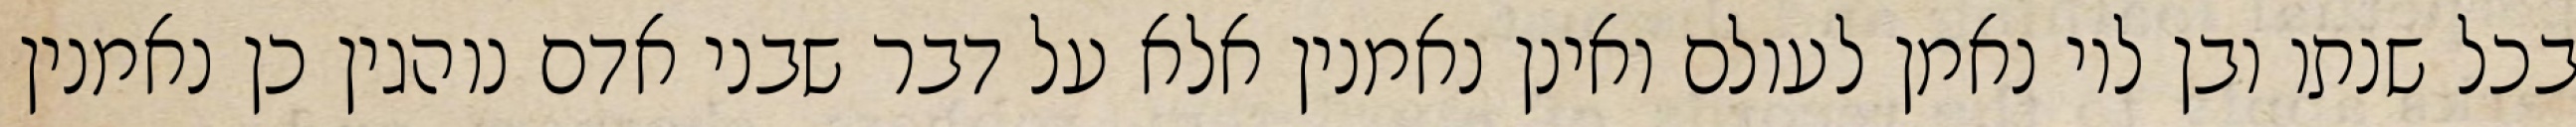
בכל שנתו ובן לוי נאמן לעולם ואינן נאמנין אלא על דבר שבני אדם נוהגין כן נאמנין